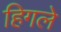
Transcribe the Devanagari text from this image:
हिगले